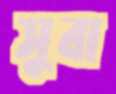
সুবা